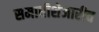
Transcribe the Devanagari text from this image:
समाधीशेजारीच